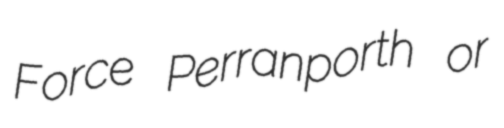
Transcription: Force Perranporth or